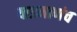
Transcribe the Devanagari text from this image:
याप्रमाणंच